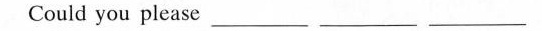
Could you please ___ ___ ___